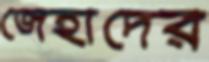
জেহাদের